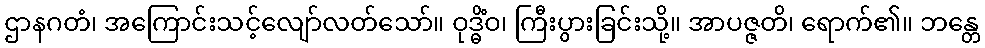
ဌာနဂတံ၊ အကြောင်းသင့်လျော်လတ်သော်။ ဝုဒ္ဓိံဝ၊ ကြီးပွားခြင်းသို့။ အာပဇ္ဇတိ၊ ရောက်၏။ ဘန္တေ